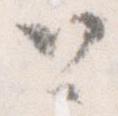
と